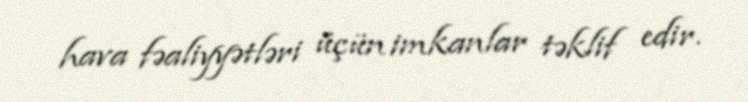
hava fəaliyyətləri üçün imkanlar təklif edir.